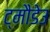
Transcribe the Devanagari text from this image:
ट्मौडेउ